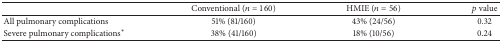
<table><thead><tr><td><b> </b></td><td><b>Conventional (<i>n</i> = 160)</b></td><td><b>HMIE (<i>n</i> = 56)</b></td><td><b><i>p</i> value</b></td></tr></thead><tbody><tr><td>All pulmonary complications</td><td>51% (81/160)</td><td>43% (24/56)</td><td>0.32</td></tr><tr><td>Severe pulmonary complications<sup><i>∗</i></sup></td><td>38% (41/160)</td><td>18% (10/56)</td><td>0.24</td></tr></tbody></table>